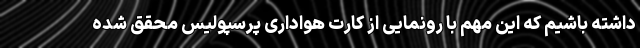
داشته باشیم که این مهم با رونمایی از کارت هواداری پرسپولیس محقق شده